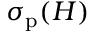
\sigma _ { \mathrm { p } } ( H )